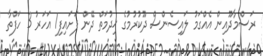
ރަސްމާދޫއިން އެއްގަމު ލައިސެންސް ދޫކުރުމުގެ ޚިދުމަތް ދޭން ފަށައިފި1 އަހަރު 3 ހަފްތާ